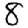
Digit: 8